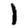
Digit: 1